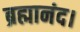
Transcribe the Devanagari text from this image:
ब्रह्मानंद।